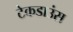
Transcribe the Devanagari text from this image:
टेकडाउंस